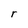
Character: r